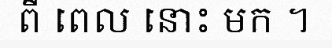
ពី ពេល នោះ មក ។